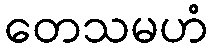
တေသမဟံ